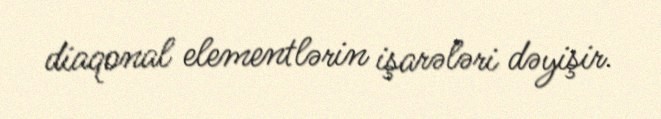
diaqonal elementlərin işarələri dəyişir.